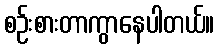
စဉ်းစားတာကွာနေပါတယ်။